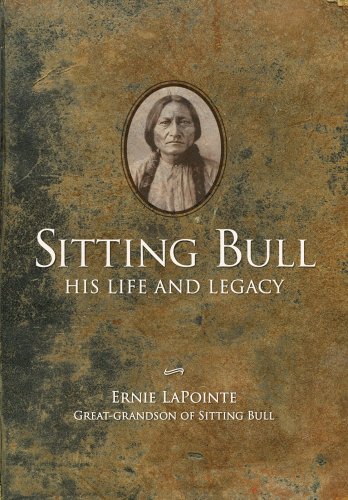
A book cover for Sitting Bull: His Life and Legacy; Ernie LaPointe; Biographies & Memoirs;